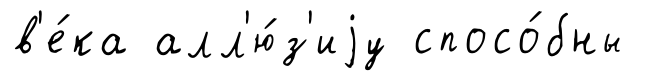
в'е́ка алл'ю́з'иjу спосо́бны